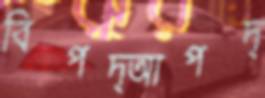
বিপদ্‌আপদ্‌